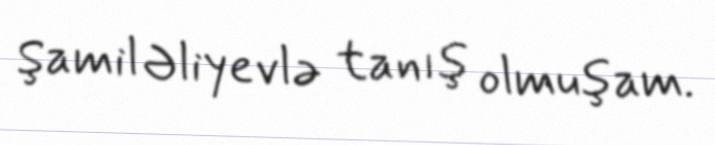
Şamil Əliyevlə tanış olmuşam.